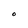
Character: O